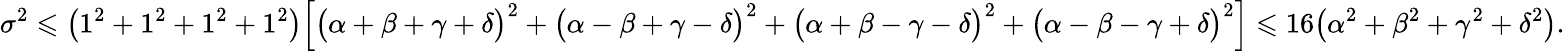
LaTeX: \sigma^{2}\leqslant\left(1^{2}+1^{2}+1^{2}+1^{2}\right)\Big[\big(\alpha+\beta+\gamma+\delta\big)^{2}+\big(\alpha-\beta+\gamma-\delta\big)^{2}+\big(\alpha+\beta-\gamma-\delta\big)^{2}+\big(\alpha-\beta-\gamma+\delta\big)^{2}\Big]\leqslant 16\big(\alpha^{2}+\beta^{2}+\gamma^{2}+\delta^{2}\big).